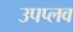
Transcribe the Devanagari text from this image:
उपप्लव